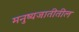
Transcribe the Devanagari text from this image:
मनुष्यजातीतील